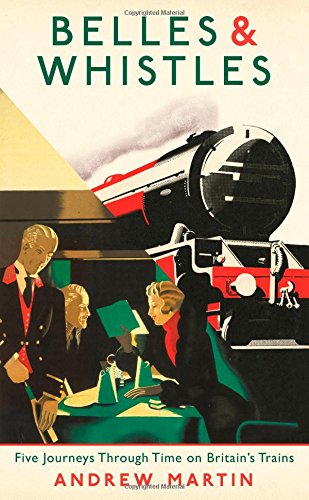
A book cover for Belles and Whistles: Journeys Through Time on Britain's Trains; Andrew Martin; Travel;